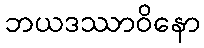
ဘယဒဿာဝိနော